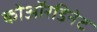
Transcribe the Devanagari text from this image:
कोऑरडिनेट